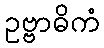
ဥဗ္ဗာဓိကံ